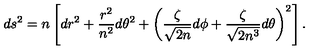
d s ^ { 2 } = n \left[ d r ^ { 2 } + \frac { r ^ { 2 } } { n ^ { 2 } } d \theta ^ { 2 } + \left( \frac \zeta { \sqrt { 2 n } } d \phi + \frac \zeta { \sqrt { 2 n ^ { 3 } } } d \theta \right) ^ { 2 } \right] .